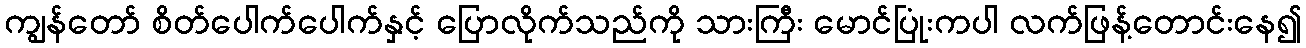
ကျွန်တော် စိတ်ပေါက်ပေါက်နှင့် ပြောလိုက်သည်ကို သားကြီး မောင်ပြုံးကပါ လက်ဖြန့်တောင်းနေ၍